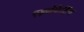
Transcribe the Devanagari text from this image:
एड्वोकेटिंग